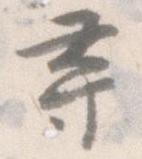
尋